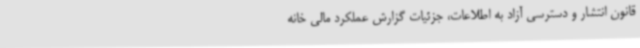
قانون انتشار و دسترسی آزاد به اطلاعات، جزئیات گزارش عملکرد مالی خانه